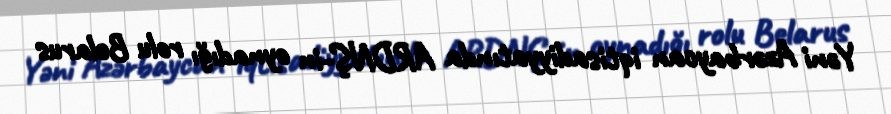
Yəni Azərbaycan iqtisadiyyatında ARDNŞ-in oynadığı rolu Belarus